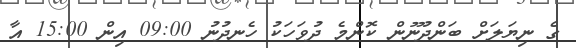
ގެ ނިޔަލަށް ބަންދުނޫން ކޮންމެ ދުވަހަކު ހެނދުނު 09:00 އިން 15:00 އާ